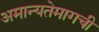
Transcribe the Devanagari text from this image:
अमान्यतेमागची